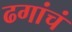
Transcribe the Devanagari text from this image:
ढगांचं